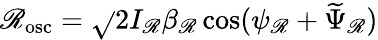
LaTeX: \mathscr{R}_{\mathrm{{osc}}}=\sqrt{}{{2I_{\mathscr{R}}\beta_{\mathscr{R}}}}\cos(\psi_{\mathscr{R}}+\widetilde{{\Psi}}_{\mathscr{R}})